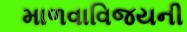
માળવાવિજયની